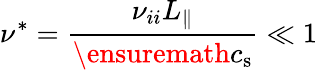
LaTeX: \nu^{*}=\frac{\nu_{ii}L_{\parallel}}{\ensuremath{c_{\mathrm{s}}}}\ll 1